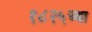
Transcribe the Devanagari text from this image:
१८२५च्या